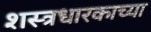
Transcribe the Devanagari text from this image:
शस्त्रधारकाच्या